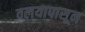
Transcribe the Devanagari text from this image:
वलयापासून